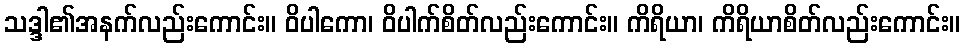
သဒ္ဒါ၏အနက်လည်းကောင်း။ ဝိပါကော၊ ဝိပါက်စိတ်လည်းကောင်း။ ကိရိယာ၊ ကိရိယာစိတ်လည်းကောင်း။